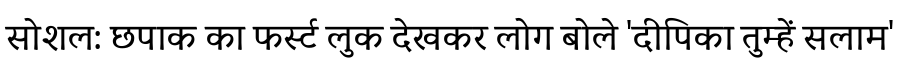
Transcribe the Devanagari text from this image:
सोशल: छपाक का फर्स्ट लुक देखकर लोग बोले 'दीपिका तुम्हें सलाम'